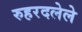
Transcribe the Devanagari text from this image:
रुहरदलेले